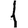
Digit: 1